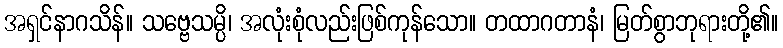
အရှင်နာဂသိန်။ သဗ္ဗေသမ္ပိ၊ အလုံးစုံလည်းဖြစ်ကုန်သော။ တထာဂတာနံ၊ မြတ်စွာဘုရားတို့၏။